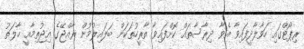
ރިޕޯޓްގައި ހަވާލާދީފައިވާ އެވާ ދިރާސާތައް ކޮށްފައިވާ ތާރީހުތަކަށް ބަލައިލުމުން ރާއްޖޭގެ އިޖުތިމާއީ ހާލަތު